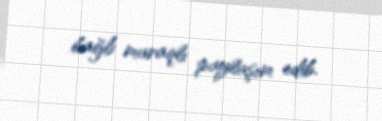
bağlı maraqlı paylaşım edib.